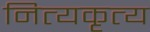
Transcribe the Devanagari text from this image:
नित्यकृत्य